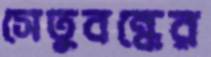
সেতুবন্ধের